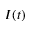
I ( t )